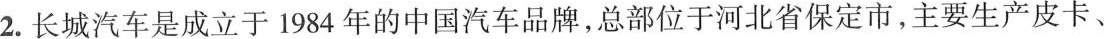
2. 长城汽车是成立于1984年的中国汽车品牌，总部位于河北省保定市，主要生产皮卡、